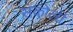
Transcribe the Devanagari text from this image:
सकोली